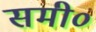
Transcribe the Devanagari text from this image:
समी०